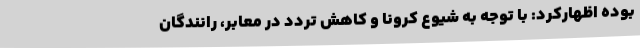
بوده اظهارکرد: با توجه به شیوع کرونا و کاهش تردد در معابر، رانندگان